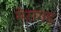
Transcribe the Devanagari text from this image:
मेरागढ़